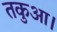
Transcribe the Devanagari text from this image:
तकुआ।